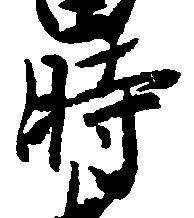
時